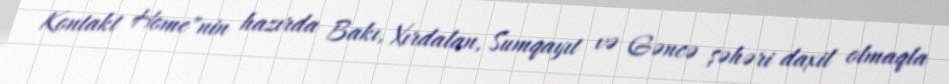
Kontakt Home"nin hazırda Bakı, Xırdalan, Sumqayıt və Gəncə şəhəri daxil olmaqla